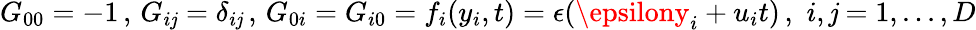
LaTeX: G_{00}=-1\, ,\, G_{i\mathit{j}}=\delta_{i\mathit{j}}\, ,\, G_{0i}=G_{i0}=f_{i}(y_{i},t)=\epsilon(\epsilony_{i}+u_{i}t)\, ,\, \, i,\mathit{j}=1,...,D